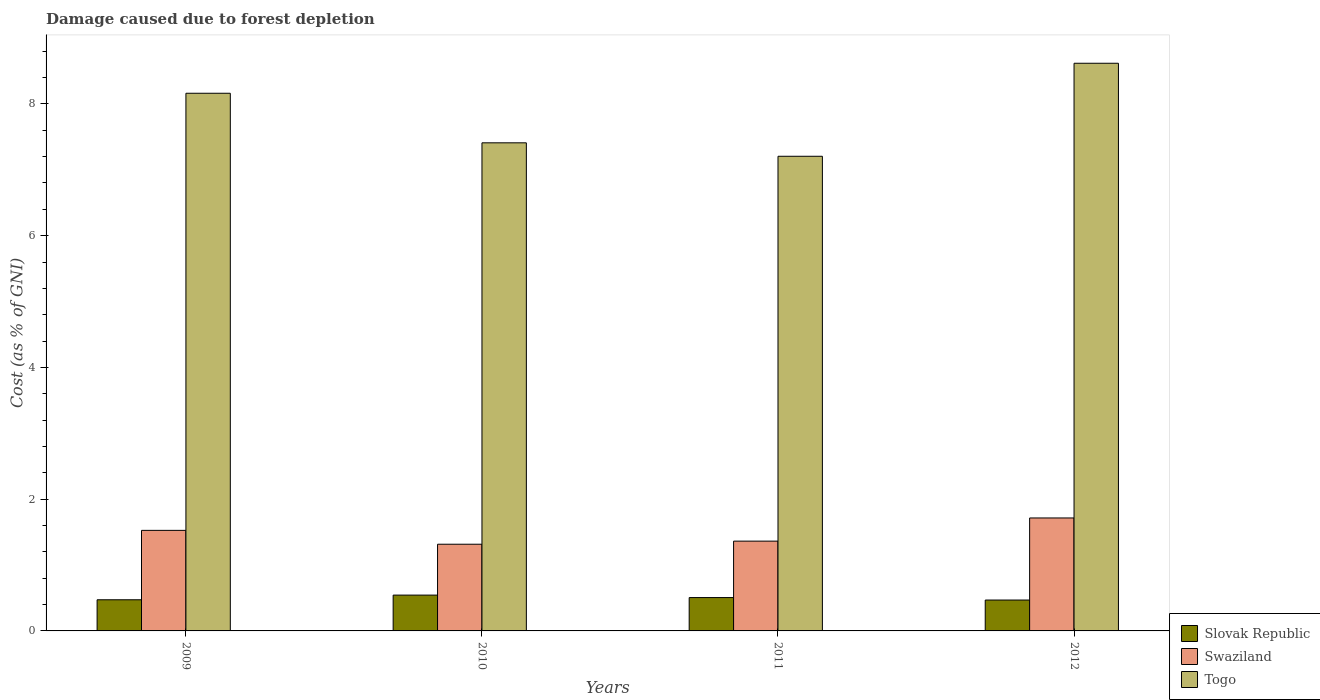
| Years | Slovak Republic | Swaziland | Togo |
 | --- | --- | --- | --- |
 | 2009 | 0.473 | 1.53 | 8.16 |
 | 2010 | 0.544 | 1.32 | 7.41 |
 | 2011 | 0.506 | 1.36 | 7.21 |
 | 2012 | 0.469 | 1.71 | 8.62 |